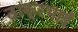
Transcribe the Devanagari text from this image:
ठाकूरभाई